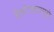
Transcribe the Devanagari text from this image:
वैशीष्ट्यामुळे